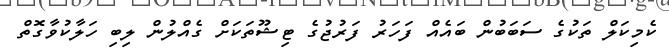
ކެމިކަލް ތަކުގެ ސަބަބުން ބައެއް ފަހަރު ފަރުޖުގެ ޓިޝޫތަކަށް ގެއްލުން ލިބި ހަލާކުވާގޮތް